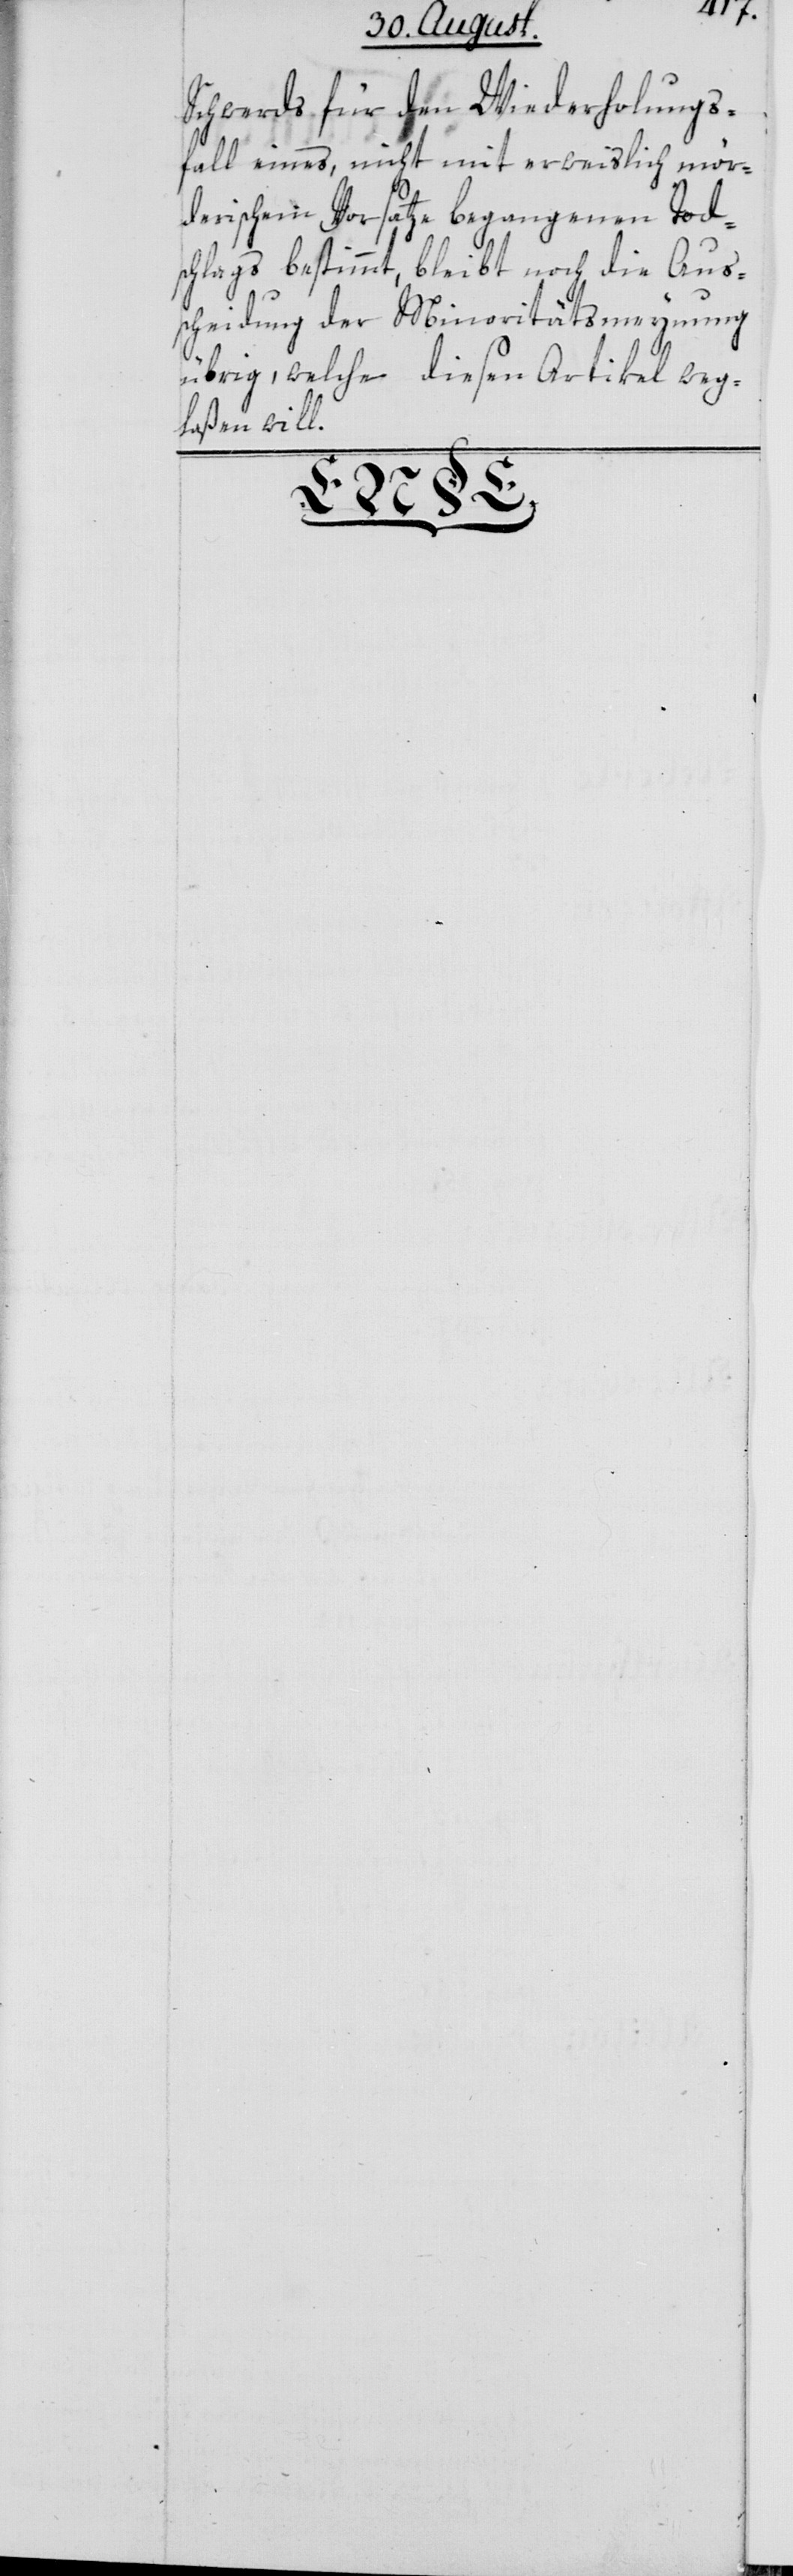
Schwerds für den Wiederholungs¬
fall eines, nicht mit erweislich mör¬
derischen Vorsatze begangenen Tod¬
schlags bestimmt, bleibt noch die Aus¬
scheidung der Minoritätsmeynung
übrig, welche diesen Artikel weg¬
laßen will.